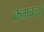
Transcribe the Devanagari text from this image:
क्रमबद्ध।